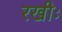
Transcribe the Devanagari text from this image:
रखीः